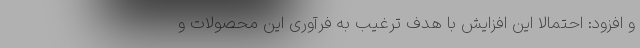
و افزود: احتمالا این افزایش با هدف ترغیب به فرآوری این محصولات و